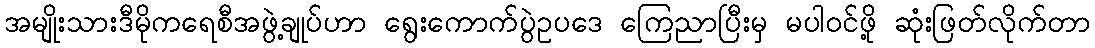
အမျိုးသားဒီမိုကရေစီအဖွဲ့ချုပ်ဟာ ရွေးကောက်ပွဲဥပဒေ ကြေညာပြီးမှ မပါဝင်ဖို့ ဆုံးဖြတ်လိုက်တာ